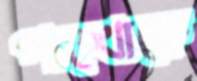
পাঙ্খোকে